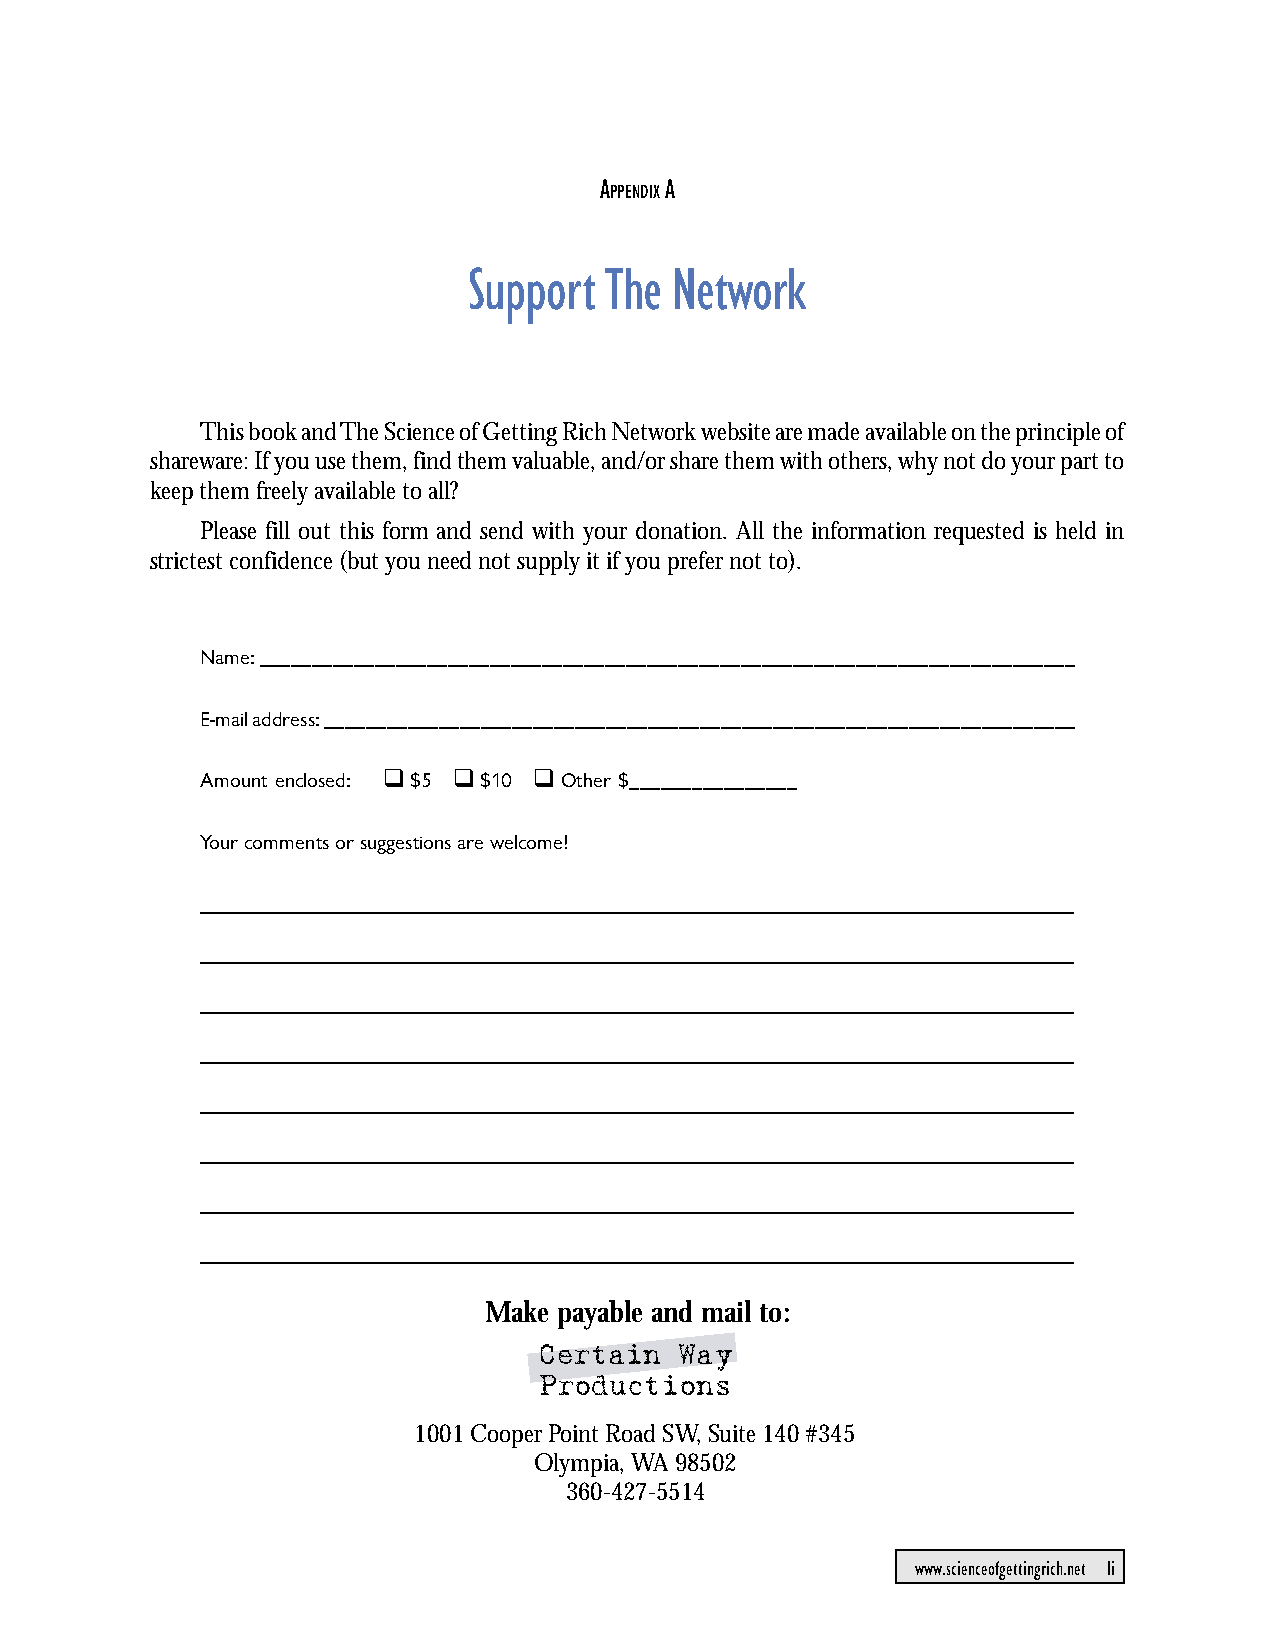
CHAPTER 17: A Summary of The Science of Getting Rich
 A   A
 PPENDIX
 Support  The Network
 This book and The Science of Getting Rich Network website are made available on the principle of
 shareware: If you use them, find them valuable, and/or share them with others, why not do your part to
 keep them freely available to all?
 Please fill out this form and send with your donation. All the information requested is held in
 strictest confidence (but you need not supply it if you prefer not to).
 Name: ______________________________________________________________________________
 E-mail address: ________________________________________________________________________
 Amount enclosed: q$5 q$10 qOther $________________
 Your comments or suggestions are welcome!
 __________________________________________________________________________________________________________
 __________________________________________________________________________________________________________
 __________________________________________________________________________________________________________
 __________________________________________________________________________________________________________
 __________________________________________________________________________________________________________
 __________________________________________________________________________________________________________
 __________________________________________________________________________________________________________
 __________________________________________________________________________________________________________
 Make payable and mail to:
 Certain  Way
 Productions
 1001 Cooper Point Road SW, Suite 140 #345
 Olympia, WA 98502
 360-427-5514
 www.scienceofgettingrich.net li